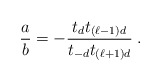
\begin{align*}\frac{a}{b} = -\frac{t_d t_{(\ell-1)d}}{t_{-d} t_{(\ell+1)d}} \;.\end{align*}